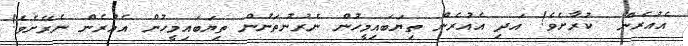
އެއުރެން  ކުރާށެވެ! އަދި އެއުރެން ތިޔަބައިމީހުން ނެރުނުތަނުން ތިޔަބައިމީހުން އެއުރެން ނެރޭށެވެ!